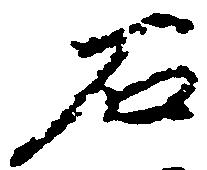
石